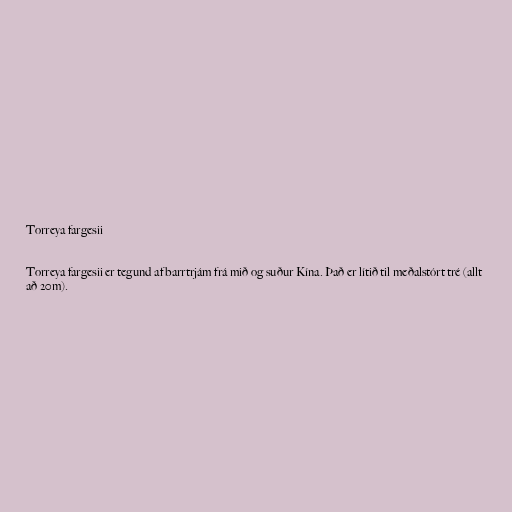
Torreya fargesii

Torreya fargesii er tegund af barrtrjám frá mið og suður Kína. Það er lítið til meðalstórt tré (allt
að 20m).